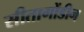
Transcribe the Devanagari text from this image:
सीतागोंडीन